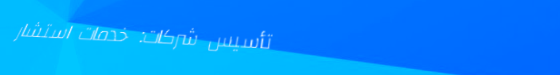
تأسيس شركات: خدمات استشار